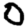
Digit: 0